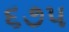
૬૭૫